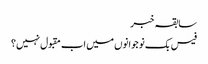
سابقہ خبر
فیس بک نوجوانوں میں اب مقبول نہیں؟